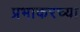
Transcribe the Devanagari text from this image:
प्रभाकरच्या